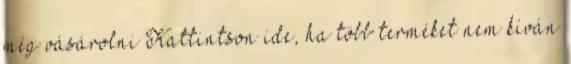
még vásárolni Kattintson ide, ha több terméket nem kíván